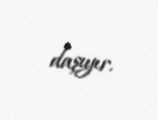
daşıyır.